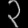
Digit: ၃